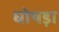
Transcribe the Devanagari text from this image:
घोषड़ा